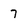
Character: 7